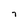
Character: 7